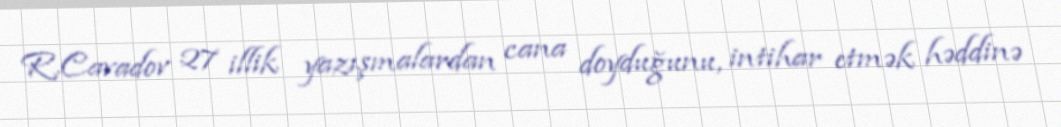
R.Cavadov 27 illik yazışmalardan cana doyduğunu, intihar etmək həddinə